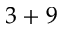
3 + 9